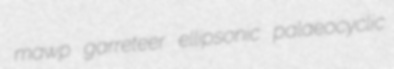
mawp garreteer ellipsonic palaeocyclic